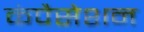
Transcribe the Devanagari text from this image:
कंपैसेशन